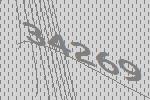
34269